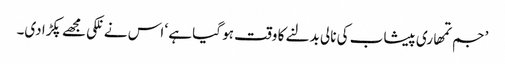
’جم تمھاری پیشاب کی نالی بدلنے کا وقت ہو گیا ہے ‘ اس نے نلکی مجھے پکڑا دی۔